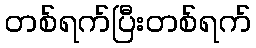
တစ်ရက်ပြီးတစ်ရက်